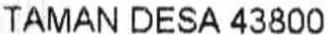
TAMAN DESA 43800